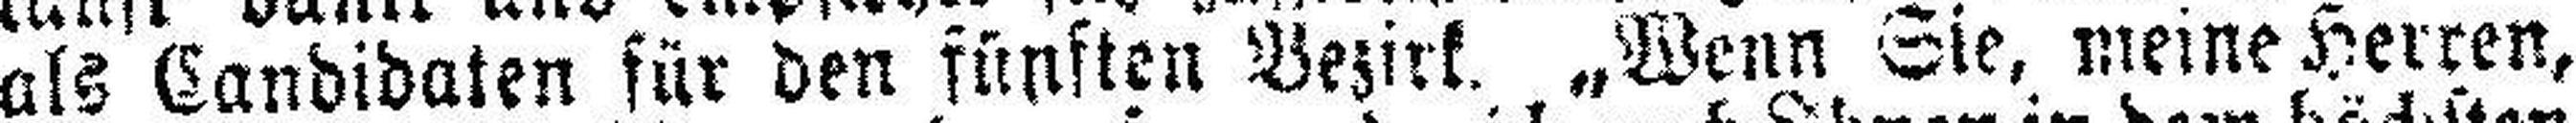
als Candidaten für den fünften Bezirk. „Wenn Sie, meine Herren,